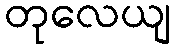
တုလေယျ